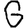
Digit: 6